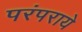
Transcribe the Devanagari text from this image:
परंपराये